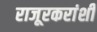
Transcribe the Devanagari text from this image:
राजूरकरांशी